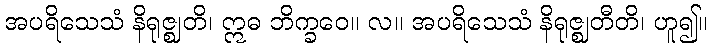
အပရိသေသံ နိရုဇ္ဈတိ၊ ဣဓ ဘိက္ခဝေ။ လ။ အပရိသေသံ နိရုဇ္ဈတီတိ၊ ဟူ၍။